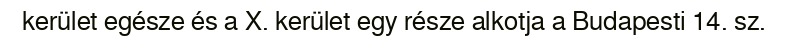
kerület egésze és a X. kerület egy része alkotja a Budapesti 14. sz.